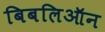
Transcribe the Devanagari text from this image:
बिबलिऑन